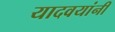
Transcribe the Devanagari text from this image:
यादवयांनी